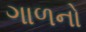
ગાળનો